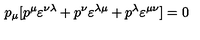
p _ { \mu } [ p ^ { \mu } \varepsilon ^ { \nu \lambda } + p ^ { \nu } \varepsilon ^ { \lambda \mu } + p ^ { \lambda } \varepsilon ^ { \mu \nu } ] = 0